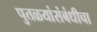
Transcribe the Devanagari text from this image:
पुतळयांसंबंधीचा